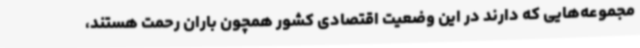
مجموعه‌هایی که دارند در این وضعیت اقتصادی کشور همچون باران رحمت هستند،